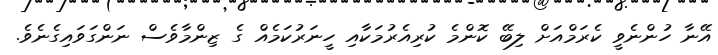
އޭނާ ހުންނެވީ ކެރަމްއަށް ލިބޭ ކޮންމެ ކުރިއެރުމަކާއި ހީނަރުކަމެއް ގެ ޒިންމާވެސް ނަންގަވައިގެނެވެ.